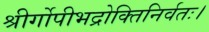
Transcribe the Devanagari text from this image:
श्रीर्गोपीभद्रोक्तिनिर्वतः।